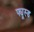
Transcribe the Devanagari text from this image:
फ्यूस्ड